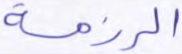
الرزمة